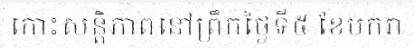
កោះសន្តិភាពនៅព្រឹកថ្ងៃទី៥ ខែមករា